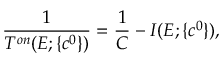
\displaystyle \frac { 1 } { T ^ { o n } ( E ; \{ c ^ { 0 } \} ) } = \displaystyle \frac { 1 } { C } - I ( E ; \{ c ^ { 0 } \} ) ,